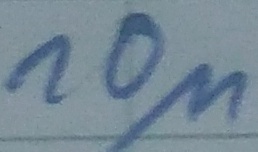
Text: 10µ